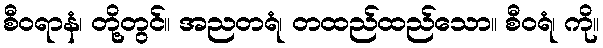
စီဝရာနံ၊ တို့တွင်။ အညတရံ၊ တထည်ထည်သော။ စီဝရံ၊ ကို။